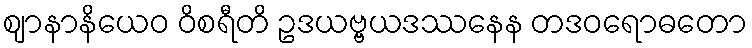
ဈာနာနိယေဝ ဝိစရီတိ ဥဒယဗ္ဗယဒဿနေန တဒဝရောဓတော